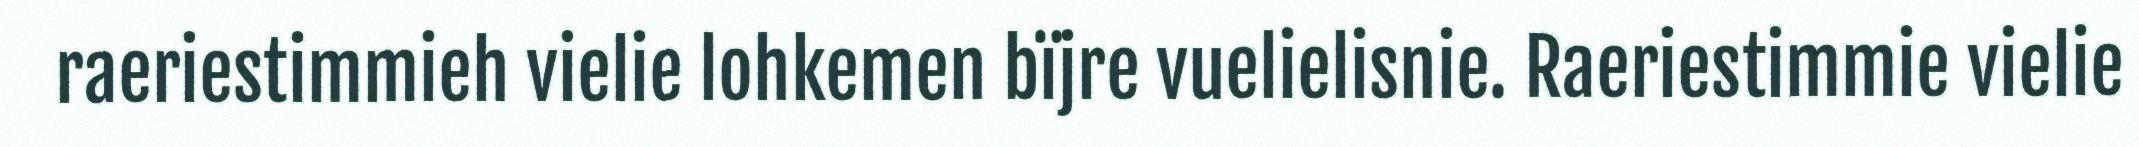
raeriestimmieh vielie lohkemen bïjre vuelielisnie. Raeriestimmie vielie